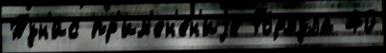
Тун'и́с пр'им'ен'е́н'иjе Фо́рмула 40